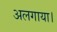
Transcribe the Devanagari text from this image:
अलगाया।